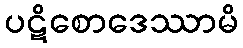
ပဋိစောဒေဿာမိ